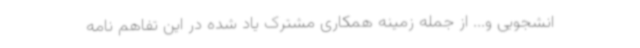
انشجویی و... از جمله زمینه همکاری مشترک یاد شده در این تفاهم نامه